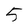
Character: 5